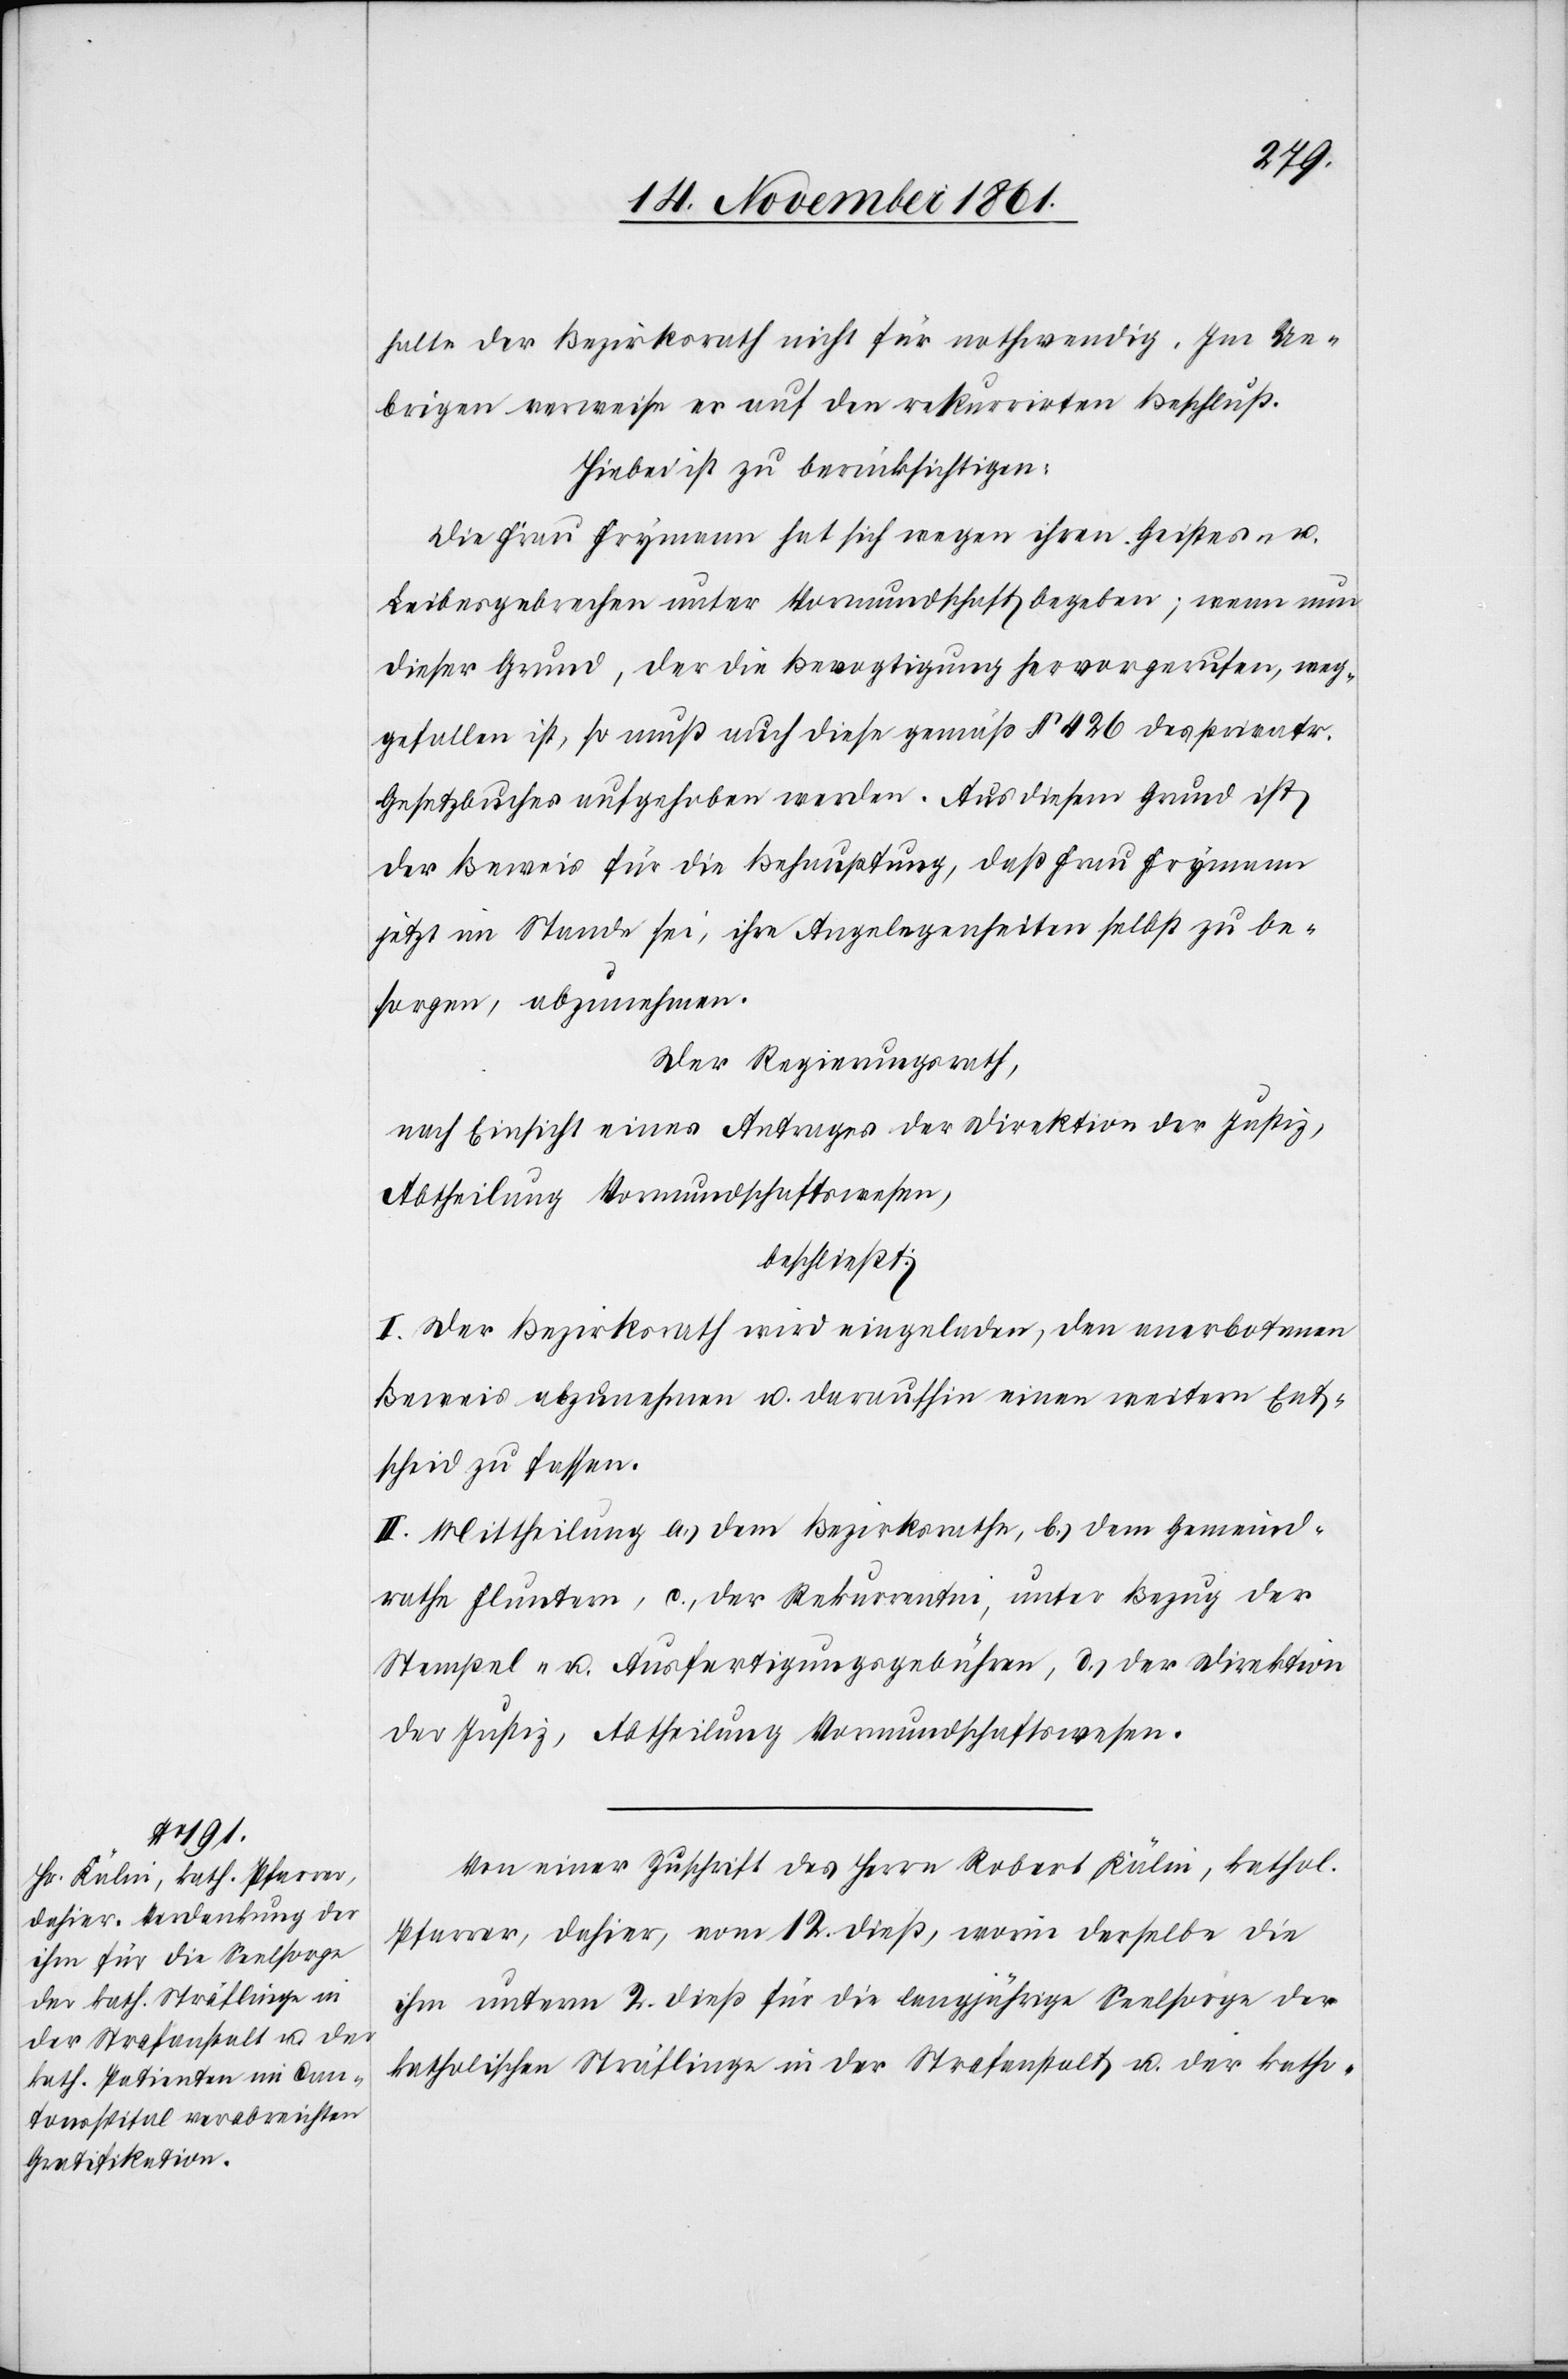
halte der Bezirksrath nicht für nothwendig. Im Ue¬
brigen verweise er auf den rekurrirten Beschluß.
Hiebei ist zu berücksichtigen:
Die Frau Frymann hat sich wegen ihren Geistes- u.
Leibesgebrechen unter Vormundschaft begeben; wenn nun
dieser Grund, der die Bevogtigung hervorgerufen, weg¬
gefallen ist, so muß auch diese gemäß § 426 des privatr.
Gesetzbuches aufgehoben werden. Aus diesem Grunde ist
der Beweis für die Behauptung, daß Frau Frymann
jetzt im Stande sei, ihre Angelegenheiten selbst zu be¬
sorgen, abzunehmen.
Der Regierungsrath,
nach Einsicht eines Antrages der Direktion der Justiz,
Abtheilung Vormundschaftswesen,
beschließt:
I. Der Bezirksrath wird eingeladen, den anerbotenen
Beweis abzunehmen u. daraufhin einen weitern Ent¬
scheid zu fassen.
II. Mittheilung a.) dem Bezirksrathe, b.) dem Gemeind¬
rathe Fluntern, c., der Rekurrentin, unter Bezug der
Stempel- u. der Ausfertigungsgebühren, d.) der Direktion
der Justiz, Abtheilung Vormundschaftswesen.
Von einer Zuschrift des Herrn Robert Kälin, kathol.
Pfarrer, dahier, vom 12 dieß, worin derselbe die
ihm unterm 2 dieß für die langjährige Seelsorge der
katholischen Sträflinge in der Strafanstalt u. der katho-